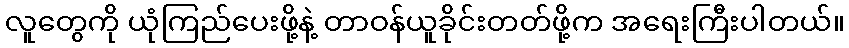
လူတွေကို ယုံကြည်ပေးဖို့နဲ့ တာဝန်ယူခိုင်းတတ်ဖို့က အရေးကြီးပါတယ်။